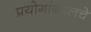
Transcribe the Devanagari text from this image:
प्रयोगांबद्दलचे